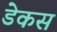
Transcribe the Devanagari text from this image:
डेकस